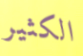
الكثير